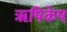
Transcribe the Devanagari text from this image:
ॠषिकेष